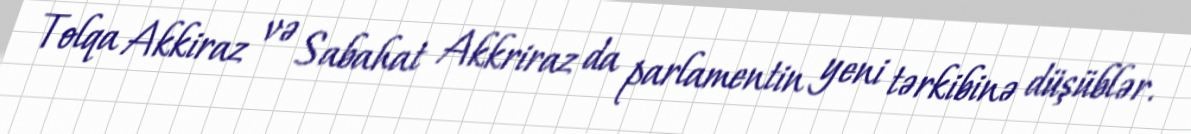
Tolqa Akkiraz və Sabahat Akkriraz da parlamentin yeni tərkibinə düşüblər.